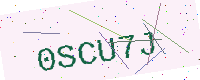
Text: 0SCU7J